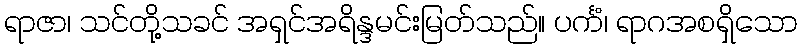
ရာဇာ၊ သင်တို့သခင် အရှင်အရိန္ဒမင်းမြတ်သည်။ ပင်္ကံ၊ ရာဂအစရှိသော